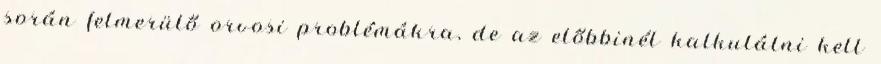
során felmerülő orvosi problémákra, de az előbbinél kalkulálni kell